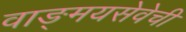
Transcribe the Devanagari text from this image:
वाङ्‌मयसेवेची